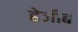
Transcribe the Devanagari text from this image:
हेजीब